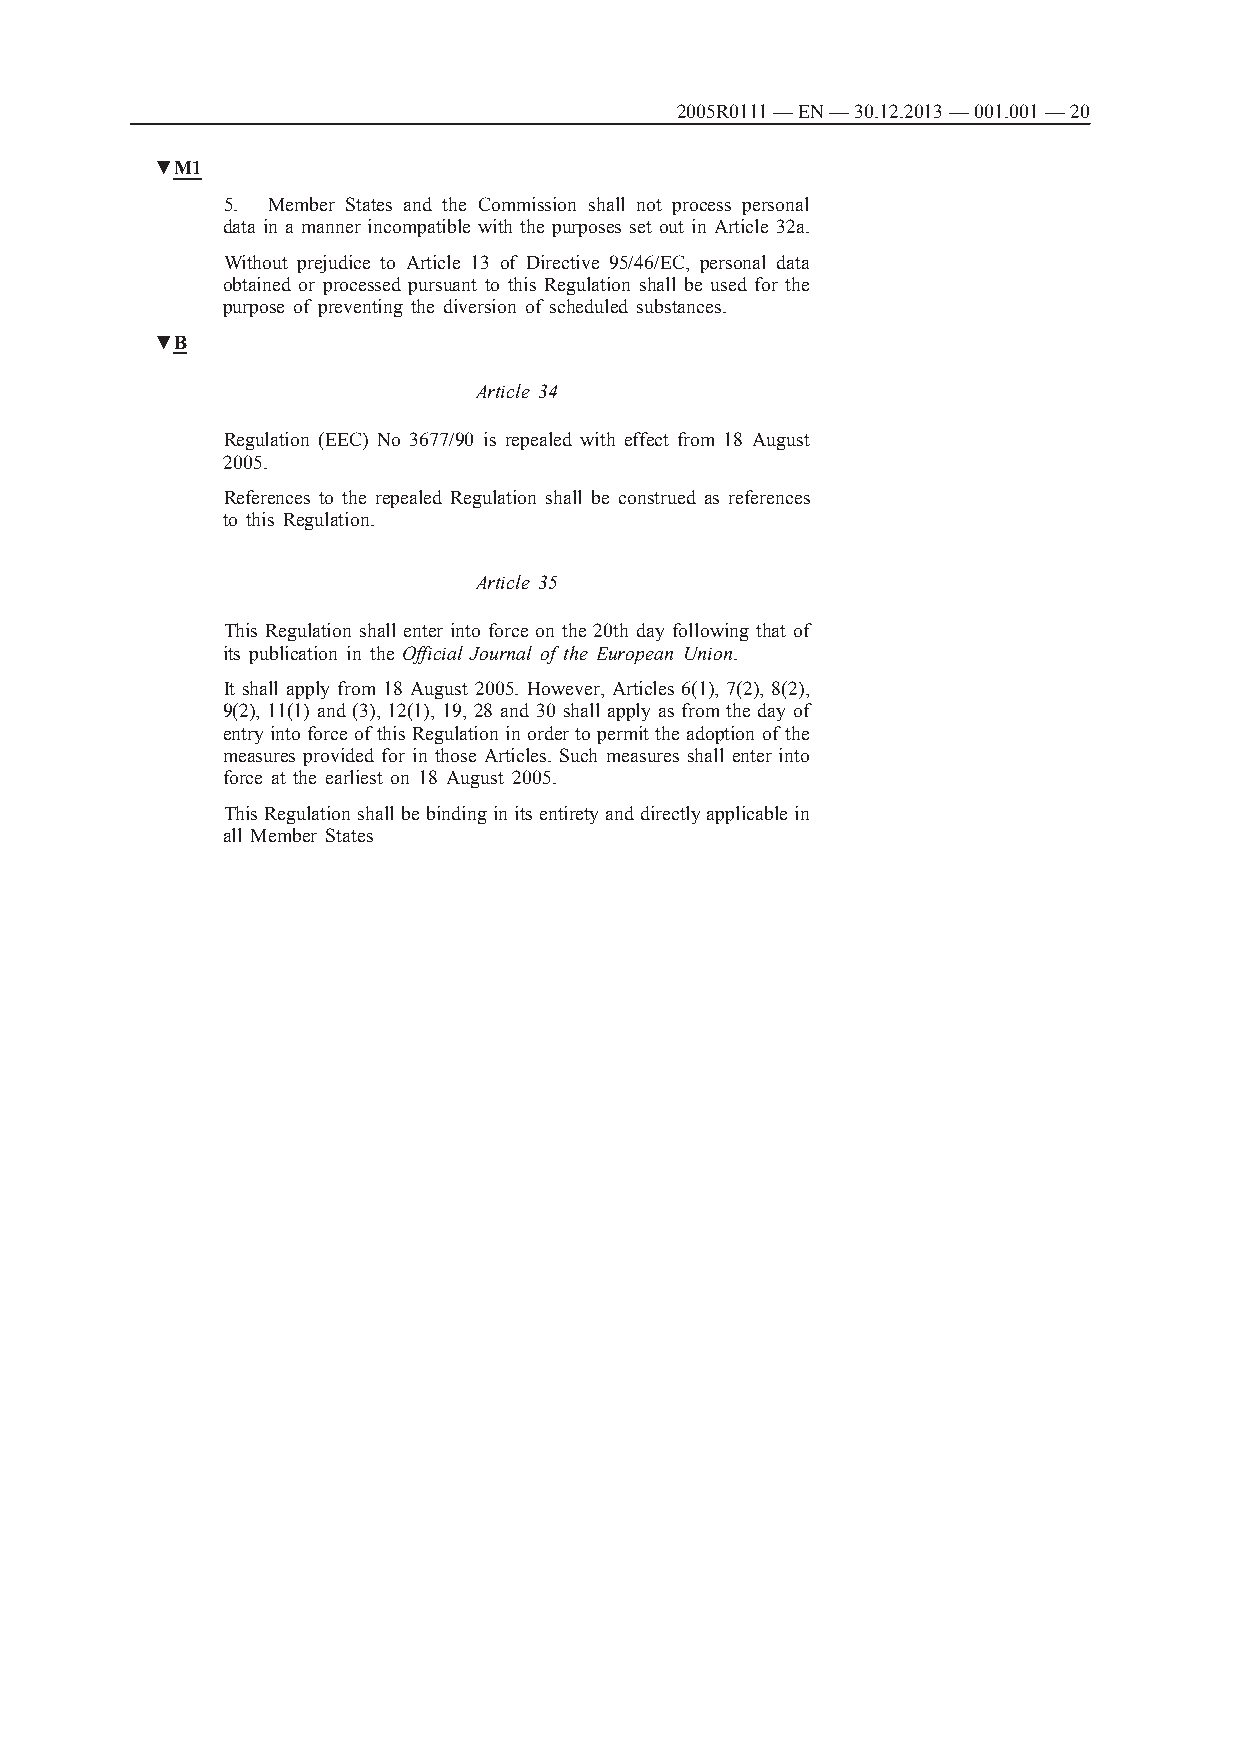
2005R0111 — EN — 30.12.2013 — 001.001 — 20
 ▼M1
 5. Member States and the Commission shall not process personal
 data in a manner incompatible with the purposes set out in Article 32a.
 Without prejudice to Article 13 of Directive 95/46/EC, personal data
 obtained or processed pursuant to this Regulation shall be used for the
 purpose of preventing the diversion of scheduled substances.
 ▼B
 Article 34
 Regulation (EEC) No 3677/90 is repealed with effect from 18 August
 2005.
 References to the repealed Regulation shall be construed as references
 to this Regulation.
 Article 35
 This Regulation shall enter into force on the 20th day following that of
 its publication in the Official Journal of the European Union.
 It shall apply from 18 August 2005. However, Articles 6(1), 7(2), 8(2),
 9(2), 11(1) and (3), 12(1), 19, 28 and 30 shall apply as from the day of
 entry into force of this Regulation in order to permit the adoption of the
 measures provided for in those Articles. Such measures shall enter into
 force at the earliest on 18 August 2005.
 This Regulation shall be binding in its entirety and directly applicable in
 all Member States